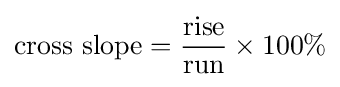
{\text{cross slope}}={\frac {\text{rise}}{\text{run}}}\times 100\%